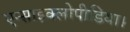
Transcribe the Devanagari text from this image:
एन्साइक्लोपीडिया।